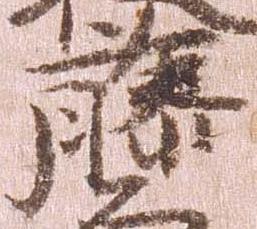
藤